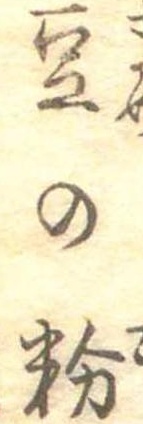
豆の粉